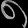
Digit: ၈